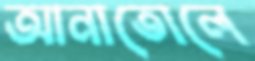
আনাতোলে